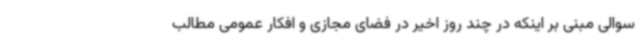
سوالی مبنی بر اینکه در چند روز اخیر در فضای مجازی و افکار عمومی مطالب